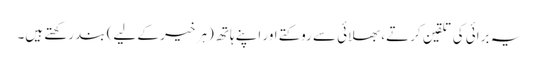
یہ برائی کی تلقین کرتے، بھلائی سے روکتے اور اپنے ہاتھ (ہر خیر کے لیے) بند رکھتے ہیں۔